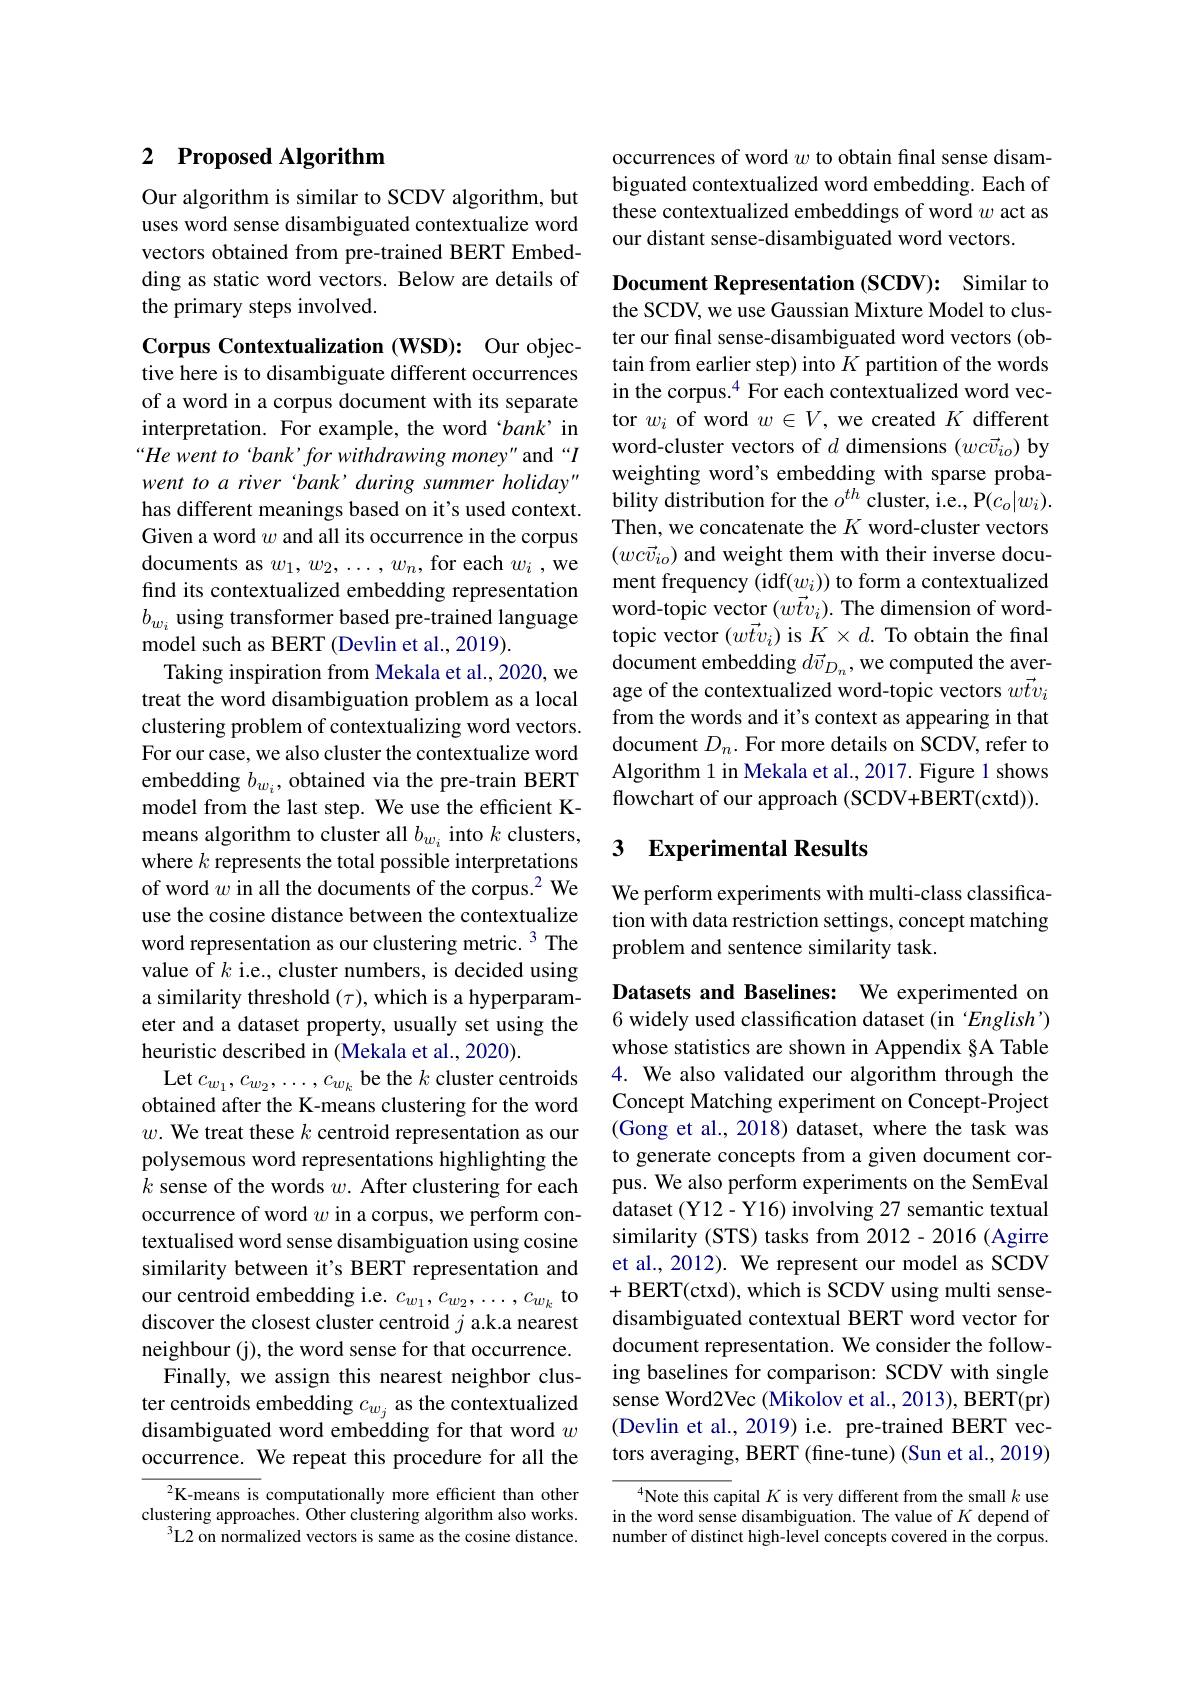
### 2 $\textbf{Proposed Algorithm}$

Our algorithm is similar to SCDV algorithm, but uses word sense disambiguated contextualize word vectors obtained from pre-trained BERT Embedding as static word vectors. Below are details of the primary steps involved.

Corpus Contextualization (WSD): Our objective here is to disambiguate different occurrences of a word in a corpus document with its separate interpretation. For example, the word $`bank’$ in “He went to 'bank'for withdrawing money" and “I went to a river 'bank' during summer holiday" has different meanings based on it's used context. Given a word $w$ and all its occurrence in the corpus documents as $w_1,w_2,\ldots,w_n$,for each $w_i$,we find its contextualized embedding representation $b_{w_i}$ using transformer based pre-trained language model such as BERT (Devlin et al., 2019).
Taking inspiration from Mekala et al., 2020, we treat the word disambiguation problem as a local clustering problem of contextualizing word vectors. For our case, we also cluster the contextualize word embedding $b_{w_{i}}$, obtained via the pre-train BERT model from the last step. We use the efficient Kmeans algorithm to cluster all $b_{w_i}$ into $k$ clusters, where $k$ represents the total possible interpretations of word $w$ in all the documents of the corpus.$^2$ We use the cosine distance between the contextualize word representation as our clustering metric. 3 The value of $k$ i.e., cluster numbers, is decided using a similarity threshold $(\tau)$, which is a hyperparameter and a dataset property, usually set using the heuristic described in (Mekala et al., 2020).
Let $c_w_1,c_{w_2},\ldots,c_{w_k}$ be the $k$ cluster centroids obtained after the K-means clustering for the word $w.$ We treat these $k$ centroid representation as our polysemous word representations highlighting the $k$ sense of the words $w.$ After clustering for each occurrence of word $w$ in a corpus, we perform contextualised word sense disambiguation using cosine similarity between it's BERT representation and our centroid embedding i.e. $c_w_1,c_{w_2},\ldots,c_{w_k}$ to discover the closest cluster centroid $j$ a.k.a nearest neighbour (j), the word sense for that occurrence. Finally, we assign this nearest neighbor clus-
ter centroids embedding $c_{w_j}$ as the contextualized disambiguated word embedding for that word $w$ occurrence. We repeat this procedure for all the
$^{2}$K-means is computationally more efficient than other

clustering approaches. Other clustering algorithm also works.
$^{3}$L2 on normalized vectors is same as the cosine distance.

occurrences of word $w$ to obtain final sense disambiguated contextualized word embedding. Each of these contextualized embeddings of word $w$ act as our distant sense-disambiguated word vectors.

Document Representation (SCDV): Similar to the SCDV, we use Gaussian Mixture Model to cluster our final sense-disambiguated word vectors (obtain from earlier step) into $K$ partition of the words in the corpus.$^{4}$ For each contextualized word vector $w_i$ of word $w\in V$, we created $K$ different word-cluster vectors of $d$ dimensions $(wc\vec{v}_{io})$ by weighting word's embedding with sparse probability distribution for the $o^{th}$ cluster, i.e., P$(c_o|w_i).$ Then, we concatenate the $K$ word-cluster vectors $(wc\vec{v}_{io})$ and weight them with their inverse document frequency $(\operatorname*{idf}(w_{i}))$ to form a contextualized word-topic vector $(w\vec{t}v_i).$ The dimension of wordtopic vector $(w\vec{t}v_{i})$ is $K\times d.$ To obtain the final document embedding $d\vec{v}_{D_n}$, we computed the average of the contextualized word-topic vectors $w\vec{tv}_i$ from the words and it's context as appearing in that document $D_n.$ For more details on SCDV, refer to Algorithm 1 in Mekala et al., 2017. Figure 1 shows flowchart of our approach (SCDV+BERT(cxtd)).

## 3 Experimental Results

We perform experiments with multi-class classification with data restriction settings, concept matching problem and sentence similarity task.

Datasets and Baselines: We experimented on 6 widely used classification dataset (in 'English') whose statistics are shown in Appendix §A Table 4. We also validated our algorithm through the Concept Matching experiment on Concept-Project (Gong et al., 2018) dataset, where the task was to generate concepts from a given document corpus. We also perform experiments on the SemEval dataset (Y12- Y16) involving 27 semantic textual similarity (STS) tasks from 2012-2016 (Agirre et al., 2012). We represent our model as SCDV +BERT(ctxd), which is SCDV using multi sensedisambiguated contextual BERT word vector for document representation. We consider the following baselines for comparison: SCDV with single sense Word2Vec (Mikolov et al., 2013), BERT(pr) (Devlin et al., 2019) i.e. pre-trained BERT vectors averaging, BERT (fine-tune) (Sun et al., 2019)

Note this capital $K$ is very different from the small $k$ use in the word sense disambiguation. The value of $K$ depend of number of distinct high-level concepts covered in the corpus.